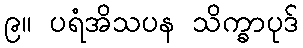
၉။ ပရံအိသပန သိက္ခာပုဒ်